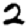
Digit: 2